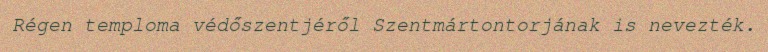
Régen temploma védőszentjéről Szentmártontorjának is nevezték.